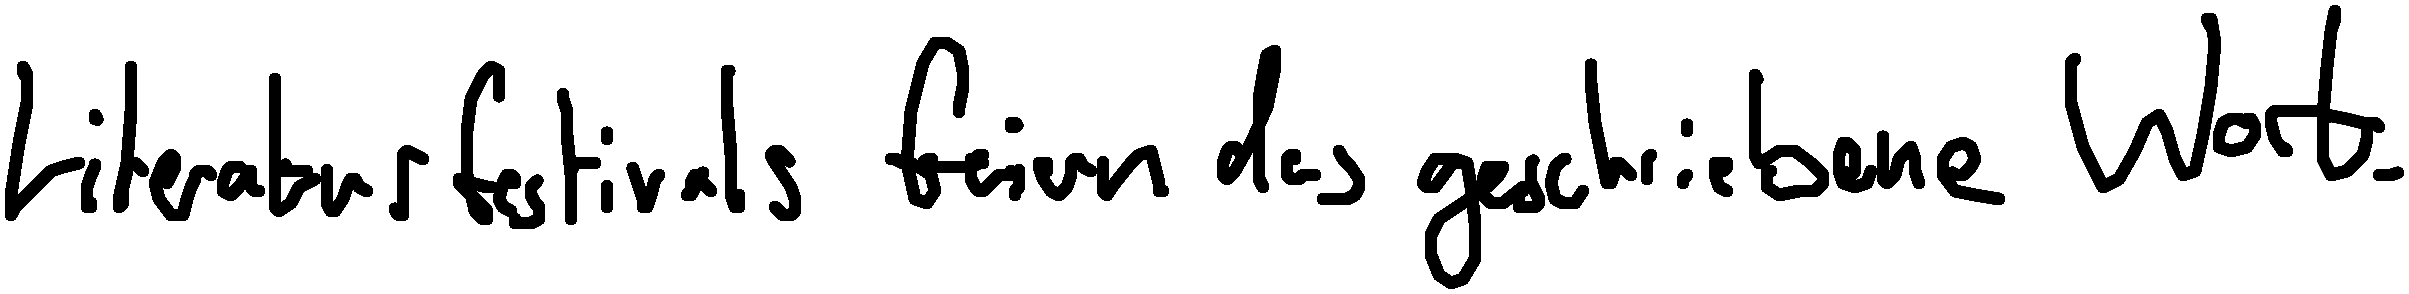
Literaturfestivals feiern das geschriebene Wort.